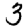
Digit: 3